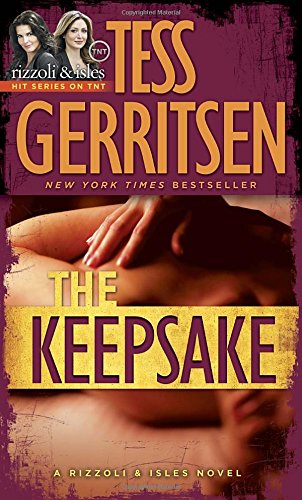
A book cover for The Keepsake: A Rizzoli & Isles Novel; Tess Gerritsen; Mystery, Thriller & Suspense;